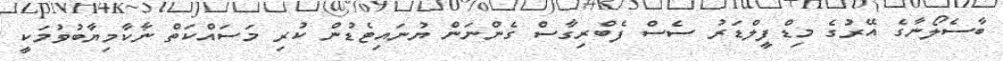
ބާސެލޯނާގެ އޭރުގެ މިޑްފީލްޑަރު ސެސް ފެބްރިގާސް ގެންނަން ޔުނައިޓެޑުން ކުރި މަސައްކަތް ނާކާމިޔާބުވުމަކީ